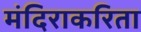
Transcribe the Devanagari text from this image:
मंदिराकरिता